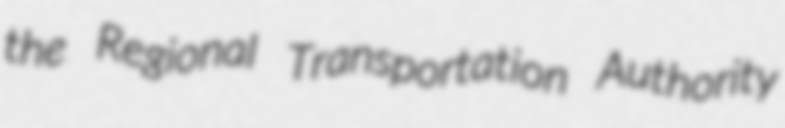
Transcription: the Regional Transportation Authority